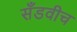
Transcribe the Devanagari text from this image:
सँडवीच